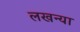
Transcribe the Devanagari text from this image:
लखन्या